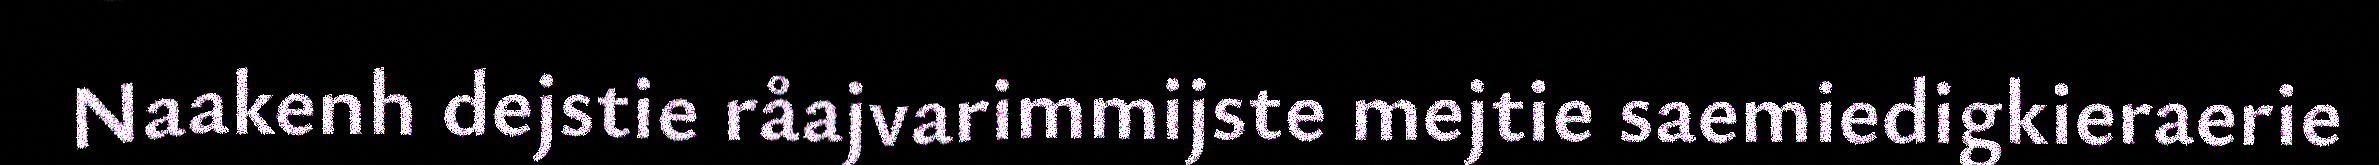
Naakenh dejstie råajvarimmijste mejtie saemiedigkieraerie